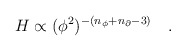
\begin{align*}H \propto (\phi^2)^{- (n_{\phi} + n_{\partial} -3)}\quad.\end{align*}